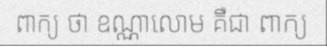
ពាក្យ ថា ឧណ្ណាលោម គឺជា ពាក្យ